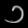
Digit: ၁